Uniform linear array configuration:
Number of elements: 4
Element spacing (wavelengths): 0.5
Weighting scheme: exponential
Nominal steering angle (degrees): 45
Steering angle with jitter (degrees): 45.121
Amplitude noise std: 0.05
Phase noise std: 0.05

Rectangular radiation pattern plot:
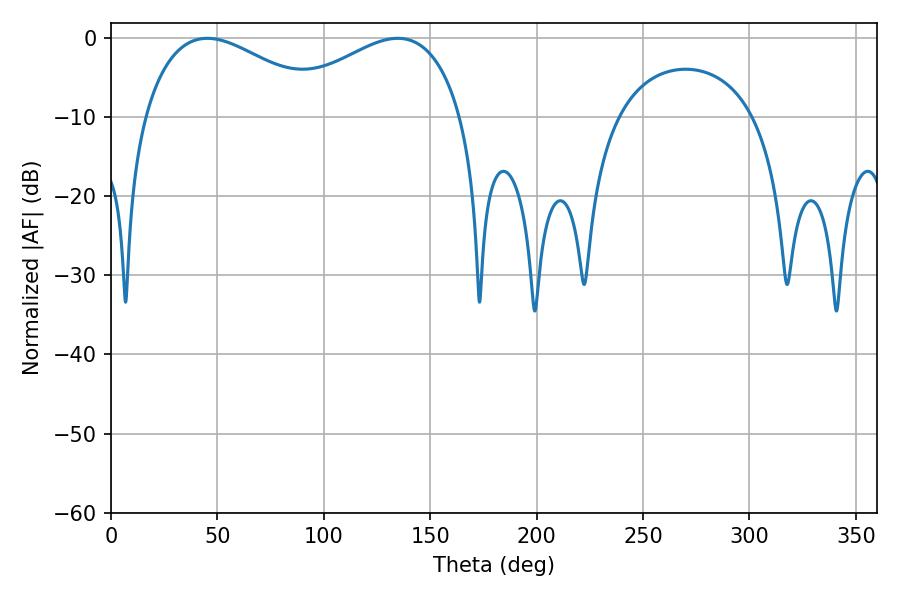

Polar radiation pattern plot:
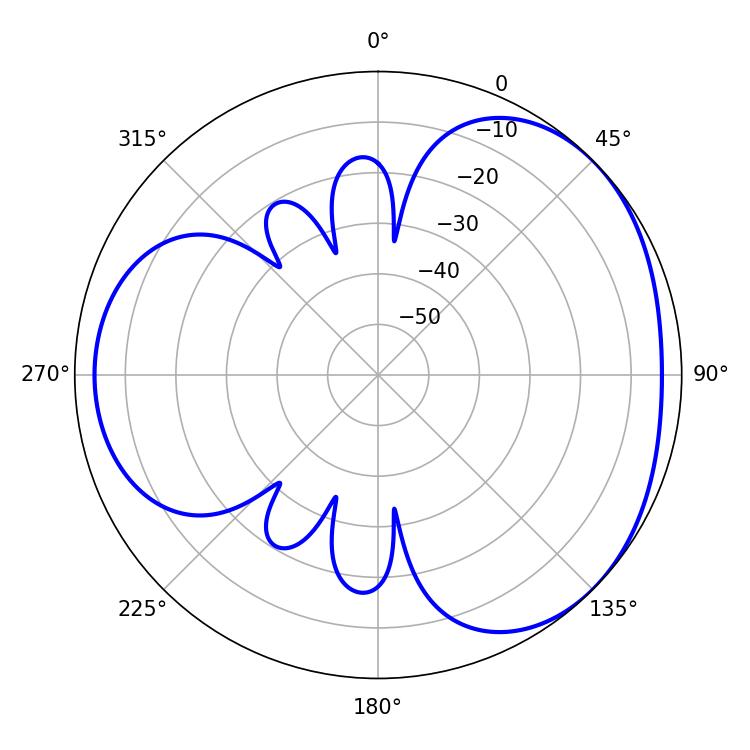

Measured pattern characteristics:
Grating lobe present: FALSE
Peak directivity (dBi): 3.292
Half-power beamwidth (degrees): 47.88
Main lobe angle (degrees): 45.18